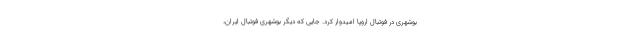
بوشهری در فوتبال اروپا امیدوار کرد. جایی که دیگر بوشهری فوتبال ایران،